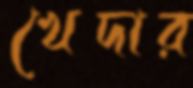
খেদার